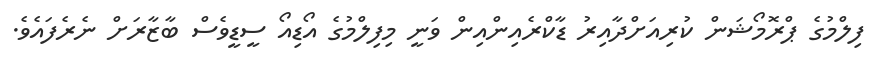
ފިލްމުގެ ޕްރޮމޯޝަން ކުރިއަށްދާއިރު ޑާކްރެއިންއިން ވަނީ މިފިލްމުގެ އޯޑިއޯ ސީޑީވެސް ބާޒާރަށް ނެރެފައެވެ.